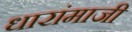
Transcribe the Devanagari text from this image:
धारांमाजी